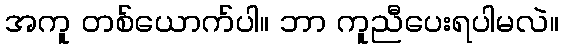
အကူ တစ်ယောက်ပါ။ ဘာ ကူညီပေးရပါမလဲ။